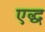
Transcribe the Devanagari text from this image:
एद्ध